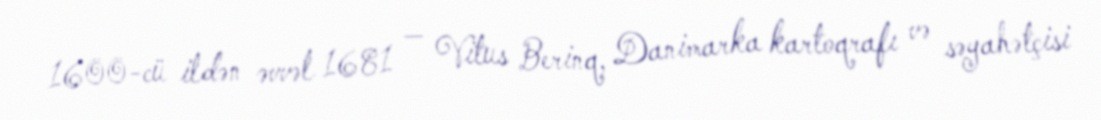
1600-cü ildən əvvəl 1681 — Vitus Berinq, Danimarka kartoqrafı və səyahətçisi